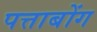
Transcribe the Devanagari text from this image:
पत्ताबोंग